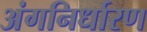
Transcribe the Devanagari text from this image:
अंगनिर्धारण